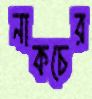
নাকচের